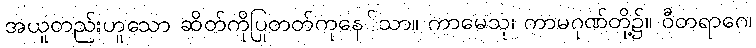
အယူတည်းဟူသော ဆိတ်ကိုပြုတတ်ကုနေ်သာ။ ကာမေသု၊ ကာမဂုဏ်တို့၌။ ဝီတရာဂေ၊